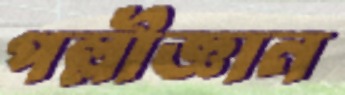
পল্লীজ্ঞান